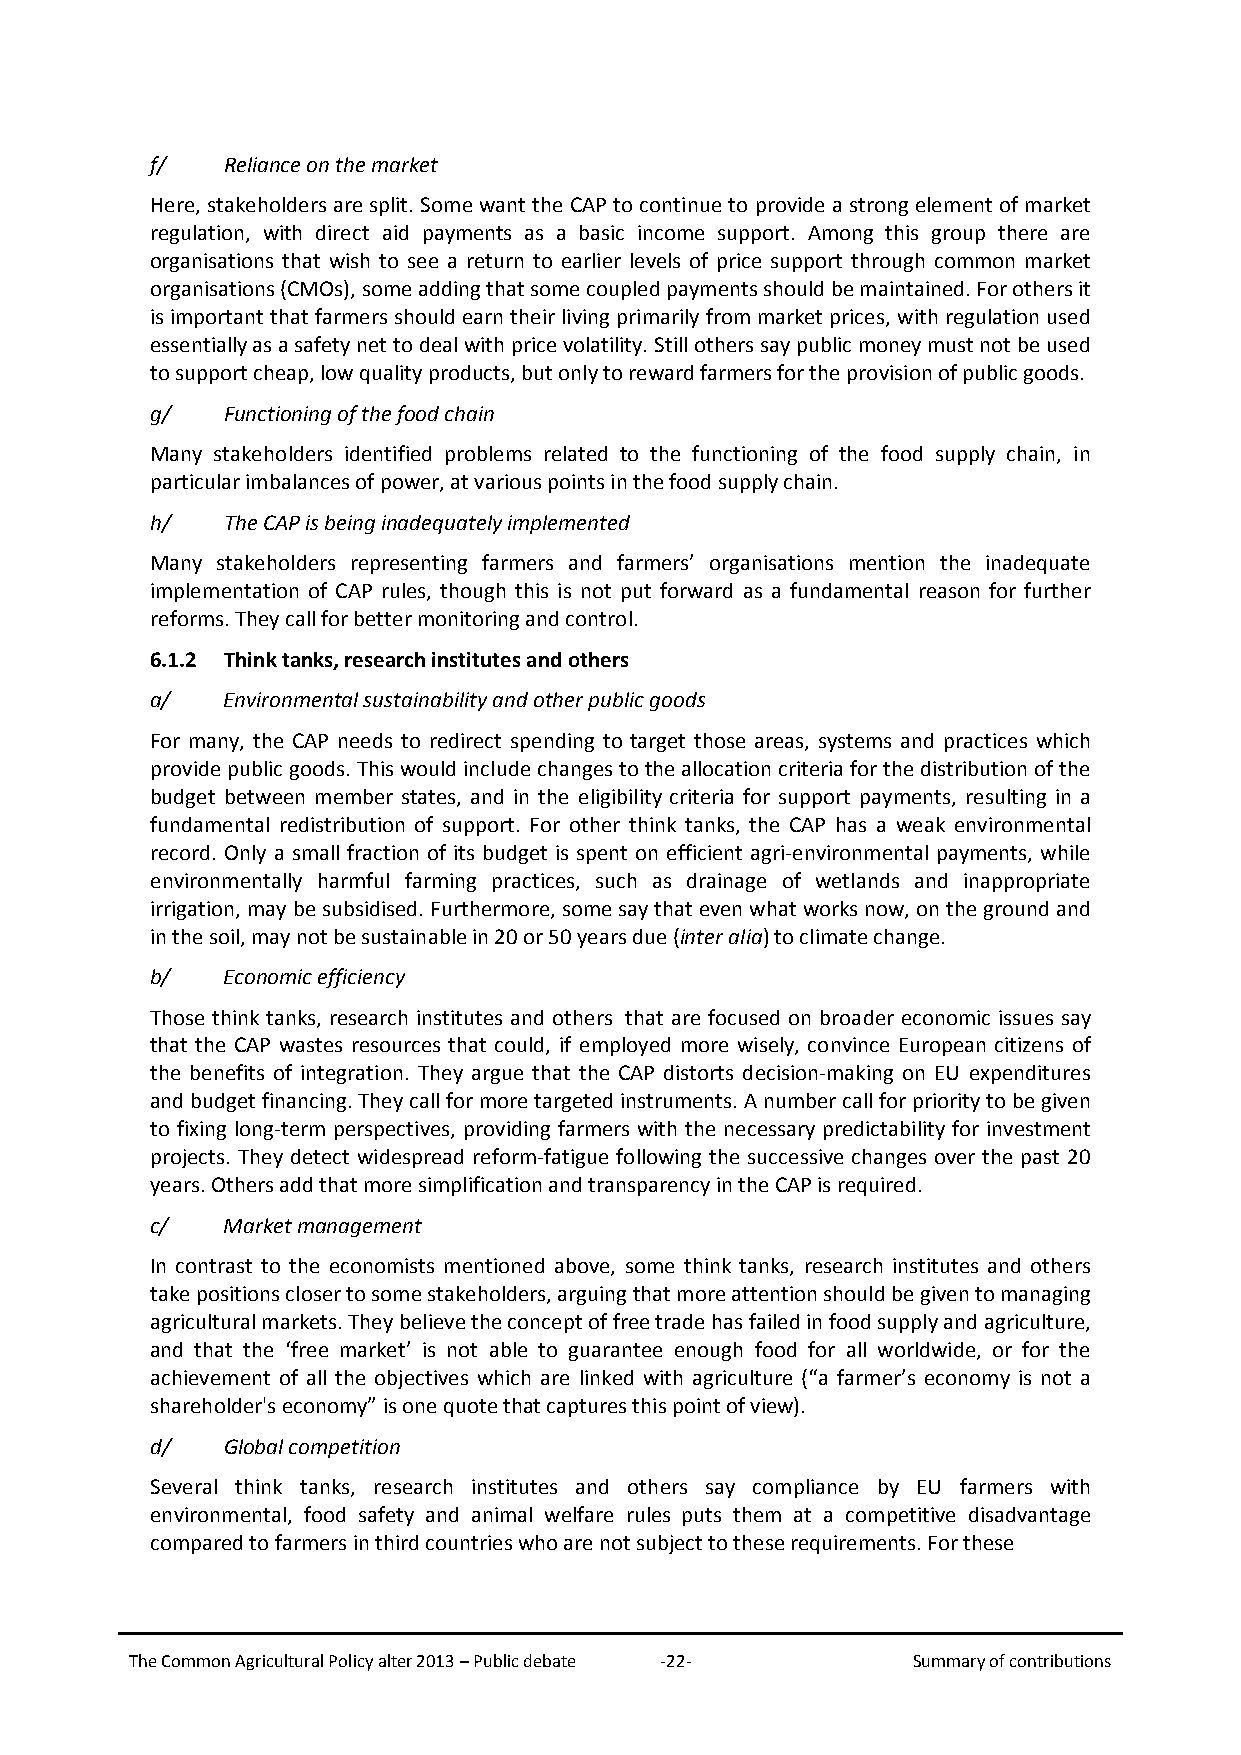
f/   Reliance on the market
 Here, stakeholders are split. Some want the CAP to continue to provide a strong element of market
 regulation, with direct aid payments as a basic income support. Among this group there are
 organisations that wish to see a return to earlier levels of price support through common market
 organisations (CMOs), some adding that some coupled payments should be maintained. For others it
 is important that farmers should earn their living primarily from market prices, with regulation used
 essentially as a safety net to deal with price volatility. Still others say public money must not be used
 to support cheap, low quality products, but only to reward farmers for the provision of public goods.
 g/   Functioning of the food chain
 Many stakeholders identified problems related to the functioning of the food supply chain, in
 particular imbalances of power, at various points in the food supply chain.
 h/   The CAP is being inadequately implemented
 Many stakeholders representing farmers and farmers’ organisations mention the inadequate
 implementation of CAP rules, though this is not put forward as a fundamental reason for further
 reforms. They call for better monitoring and control.
 6.1.2 Think tanks, research institutes and others
 a/   Environmental sustainability and other public goods
 For many, the CAP needs to redirect spending to target those areas, systems and practices which
 provide public goods. This would include changes to the allocation criteria for the distribution of the
 budget between member states, and in the eligibility criteria for support payments, resulting in a
 fundamental redistribution of support. For other think tanks, the CAP has a weak environmental
 record. Only a small fraction of its budget is spent on efficient agri-environmental payments, while
 environmentally harmful farming practices, such as drainage of wetlands and inappropriate
 irrigation, may be subsidised. Furthermore, some say that even what works now, on the ground and
 in the soil, may not be sustainable in 20 or 50 years due (inter alia) to climate change.
 b/   Economic efficiency
 Those think tanks, research institutes and others that are focused on broader economic issues say
 that the CAP wastes resources that could, if employed more wisely, convince European citizens of
 the benefits of integration. They argue that the CAP distorts decision-making on EU expenditures
 and budget financing. They call for more targeted instruments. A number call for priority to be given
 to fixing long-term perspectives, providing farmers with the necessary predictability for investment
 projects. They detect widespread reform-fatigue following the successive changes over the past 20
 years. Others add that more simplification and transparency in the CAP is required.
 c/   Market management
 In contrast to the economists mentioned above, some think tanks, research institutes and others
 take positions closer to some stakeholders, arguing that more attention should be given to managing
 agricultural markets. They believe the concept of free trade has failed in food supply and agriculture,
 and that the ‘free market’ is not able to guarantee enough food for all worldwide, or for the
 achievement of all the objectives which are linked with agriculture (“a farmer’s economy is not a
 shareholder's economy” is one quote that captures this point of view).
 d/   Global competition
 Several think tanks, research institutes and others say compliance by EU farmers with
 environmental, food safety and animal welfare rules puts them at a competitive disadvantage
 compared to farmers in third countries who are not subject to these requirements. For these
 The Common Agricultural Policy alter 2013 – Public debate -22- Summary of contributions